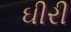
ઘીરી